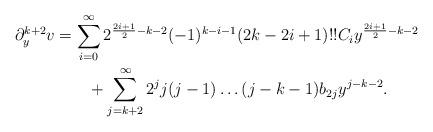
LaTeX: \begin{align*}\partial_y^{k+2}v&=\sum_{i=0}^{\infty}2^{\frac{2i+1}{2}-k-2}(-1)^{k-i-1}(2k-2i+1)!!C_iy^{\frac{2i+1}{2}-k-2}\\&\quad\quad+ \sum_{j=k+2}^{\infty} 2^jj(j-1)\dots (j-k-1)b_{2j}y^{j-k-2}.\end{align*}